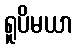
ရူပိမယာ